King Institute of Preventive Medicine Micro-Biological Section reports 1912-19
Year: 1912
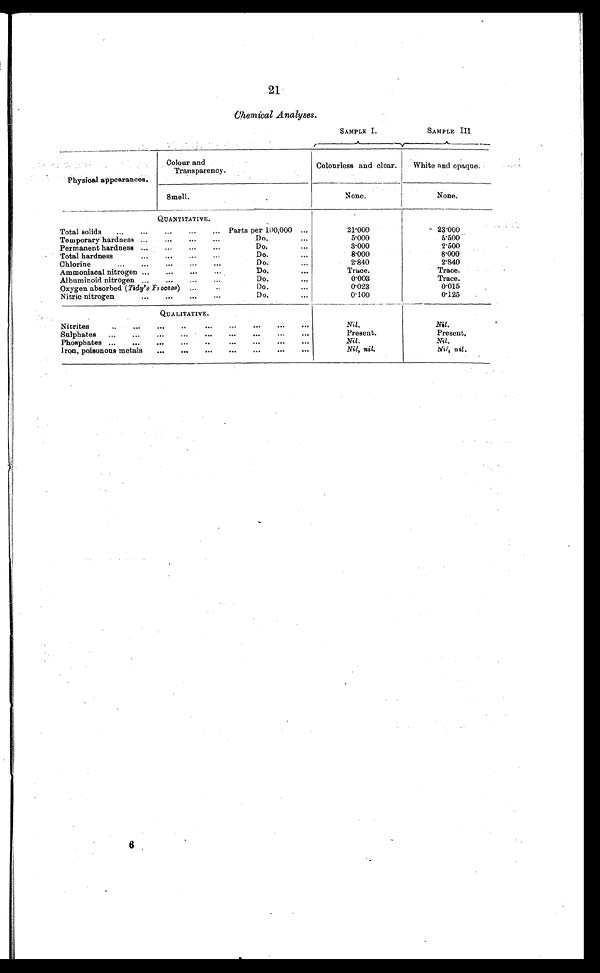
21
Chemical Analyses.
SAMPLE I.
SAMPLE III
Physical appearances.
Colour and
T ransparency.
Colourless and clear.
White and opaque.
Smell.
None.
None.
QUANTITATIVE.
Total solids . . .
Parts per 100,000 . . .
21.000
23.000
Temporary hardness . . .
Do. . . .
5.000
5 . 5 0 0
Permanent hardness . . .
Do. . . .
3.000
2.500
Total hardness. . .
Do. . . .
8.000
8.000
Chlorine . . .
Do. . . .
2.840
2.840
A m m o n i a c a l n i t r o g e n . . .
Do. . . .
Trace.
Trace.
A l b u m i n o i d n i t r o g e n . . .
Do. . . .
0.003
Trace.
Oxygen absorbed (Tidy's Frocess) ...
Do. . . .
0.023
0.015
Nitric nitrogen . . .
Do. . . .
0.100
0.125
QUALITATIVE.
Nitrites. . .
Nil.
Nil.
Sulphates
. . .
Present.
Present.
P h o s p h a t e s . . .
Nil.
Nil.
Iron, poisonous metals . . .
Nil, nil.
Nil, nil.